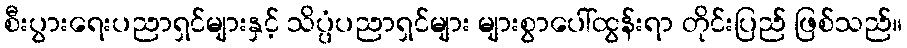
စီးပွားရေးပညာရှင်များနှင့် သိပ္ပံပညာရှင်များ များစွာပေါ်ထွန်းရာ တိုင်းပြည် ဖြစ်သည်။